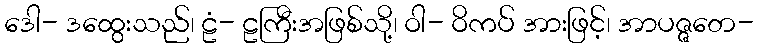
ဒေါ- ဒထွေးသည်၊ ဠံ- ဠကြီးအဖြစ်သို့၊ ဝါ- ဝိကပ် အားဖြင့်၊ အာပဇ္ဇတေ-